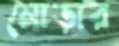
মোড়ার